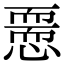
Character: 𢡵